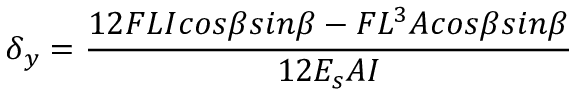
\delta { _ y } = \frac { 1 2 F L I c o s \beta s i n \beta - F L ^ { 3 } A c o s \beta s i n \beta } { 1 2 E _ { s } A I }